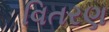
વિતરણ